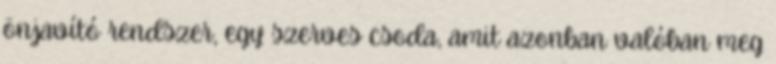
önjavító rendszer, egy szerves csoda, amit azonban valóban meg